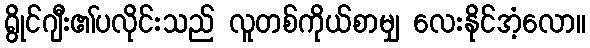
ရွိုင်ဂျီး၏ပလိုင်းသည် လူတစ်ကိုယ်စာမျှ လေးနိုင်အံ့လော။